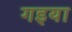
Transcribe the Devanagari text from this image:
गइया